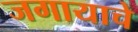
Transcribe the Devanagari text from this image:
जगायाचे